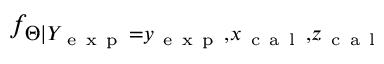
f _ { \Theta | Y _ { \mathrm { ~ e ~ x ~ p ~ } } = y _ { \mathrm { ~ e ~ x ~ p ~ } } , x _ { \mathrm { ~ c ~ a ~ l ~ } } , z _ { \mathrm { ~ c ~ a ~ l ~ } } }